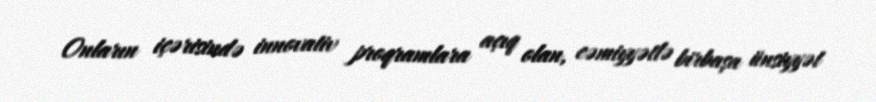
Onların içərisində innovativ proqramlara açıq olan, cəmiyyətlə birbaşa ünsiyyət